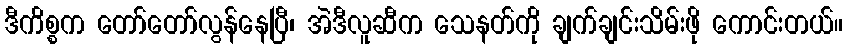
ဒီကိစ္စက တော်တော်လွန်နေပြီ၊ အဲဒီလူဆီက သေနတ်ကို ချက်ချင်းသိမ်းဖို ကောင်းတယ်။